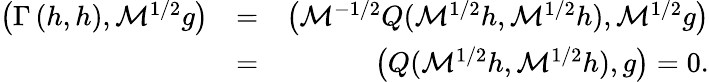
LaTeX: \begin{array}{rlr}{\left(\Gamma\left(h,h\right),\mathcal{M}^{1/2}g\right)}&{=}&{\left(\mathcal{M}^{-1/2}Q(\mathcal{M}^{1/2}h,\mathcal{M}^{1/2}h),\mathcal{M}^{1/2}g\right)}\\ &{=}&{\left(Q(\mathcal{M}^{1/2}h,\mathcal{M}^{1/2}h),g\right)=0\mathrm{.}}\end{array}